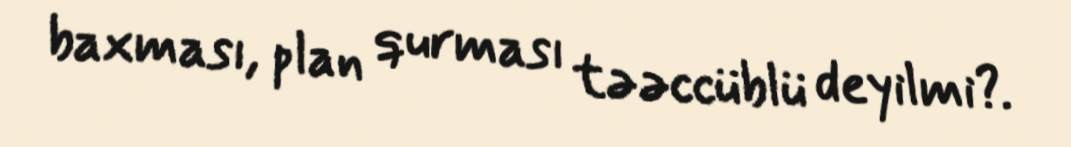
baxması, plan qurması təəccüblü deyilmi?.